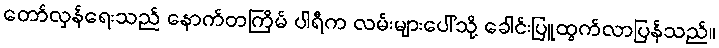
တော်လှန်ရေးသည် နောက်တကြိမ် ပါရီက လမ်းများပေါ်သို့ ခေါင်းပြူထွက်လာပြန်သည်။